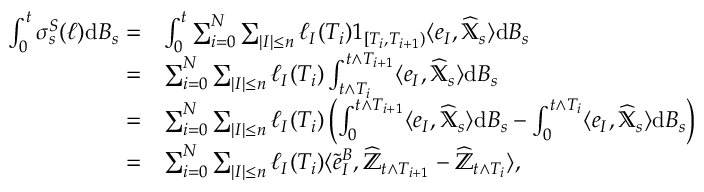
\begin{array} { r l } { \int _ { 0 } ^ { t } \sigma _ { s } ^ { S } ( \ell ) { \mathrm { d } } B _ { s } = } & { \int _ { 0 } ^ { t } \sum _ { i = 0 } ^ { N } \sum _ { | I | \leq n } \ell _ { I } ( T _ { i } ) 1 _ { [ T _ { i } , T _ { i + 1 } ) } \langle e _ { I } , \widehat { \mathbb { X } } _ { s } \rangle { \mathrm { d } } B _ { s } } \\ { = } & { \sum _ { i = 0 } ^ { N } \sum _ { | I | \leq n } \ell _ { I } ( T _ { i } ) \int _ { t \land T _ { i } } ^ { t \land T _ { i + 1 } } \langle e _ { I } , \widehat { \mathbb { X } } _ { s } \rangle { \mathrm { d } } B _ { s } } \\ { = } & { \sum _ { i = 0 } ^ { N } \sum _ { | I | \leq n } \ell _ { I } ( T _ { i } ) \left( \int _ { 0 } ^ { t \land T _ { i + 1 } } \langle e _ { I } , \widehat { \mathbb { X } } _ { s } \rangle { \mathrm { d } } B _ { s } - \int _ { 0 } ^ { t \land T _ { i } } \langle e _ { I } , \widehat { \mathbb { X } } _ { s } \rangle { \mathrm { d } } B _ { s } \right) } \\ { = } & { \sum _ { i = 0 } ^ { N } \sum _ { | I | \leq n } \ell _ { I } ( T _ { i } ) \langle \tilde { e } _ { I } ^ { B } , \widehat { \mathbb { Z } } _ { t \land T _ { i + 1 } } - \widehat { \mathbb { Z } } _ { t \land T _ { i } } \rangle , } \end{array}